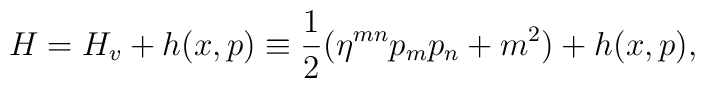
H=H_v+h(x,p) \equiv \frac{1}{2}(\eta^{mn}p_{m} p_{n} + m^2) +h(x,p),